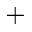
^ +